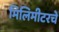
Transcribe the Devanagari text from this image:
मिलिमीटरचे